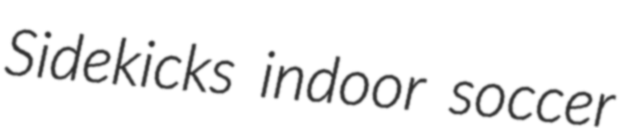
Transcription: Sidekicks indoor soccer